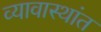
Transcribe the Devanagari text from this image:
व्यावास्थांत